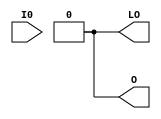
// This program was cloned from: https://github.com/jhshi/openofdm
// License: Apache License 2.0

// $Header: /devl/xcs/repo/env/Databases/CAEInterfaces/verunilibs/data/unisims/LUT1_D.v,v 1.7 2007/05/23 21:43:39 patrickp Exp $
///////////////////////////////////////////////////////////////////////////////
// Copyright (c) 1995/2004 Xilinx, Inc.
// All Right Reserved.
///////////////////////////////////////////////////////////////////////////////
//   ____  ____
//  /   /\/   /
// /___/  \  /    Vendor : Xilinx
// \   \   \/     Version : 10.1
//  \   \         Description : Xilinx Functional Simulation Library Component
//  /   /                  1-input Look-Up-Table with Dual Output
// /___/   /\     Filename : LUT1_D.v
// \   \  /  \    Timestamp : Thu Mar 25 16:42:53 PST 2004
//  \___\/\___\
//
// Revision:
//    03/23/04 - Initial version.
//    02/04/05 - Rev 0.0.1 Replace premitive with function; Remove buf.
//    05/23/07 - Changed timescale to 1 ps / 1 ps.

`timescale  1 ps / 1 ps


module LUT1_D (LO, O, I0);

    parameter INIT = 2'h0;

    input I0;

    output LO, O;
    
    wire LO, O;

    assign O = (INIT[0] == INIT[1]) ? INIT[0] : INIT[I0];
    assign LO = O;

endmodule